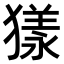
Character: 𤡀